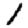
Digit: 1